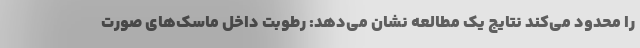
را محدود می‌کند نتایج یک مطالعه نشان می‌دهد: رطوبت داخل ماسک‌های صورت